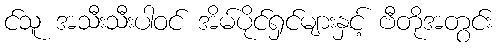
င်သူ အသီးသီးပါဝင် အိမ်ပိုင်ရှင်များနှင့် ဗီတိုအတွင်း